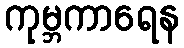
ကုမ္ဘကာရေန